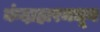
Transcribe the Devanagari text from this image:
कंदाहारमधून